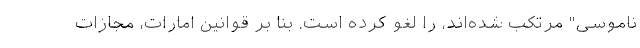
ناموسی" مرتکب شده‌اند، را لغو کرده است. بنا بر قوانین امارات، مجازات